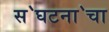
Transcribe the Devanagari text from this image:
स॓घटना॓चा